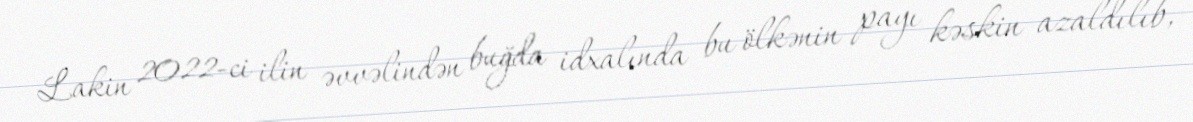
Lakin 2022-ci ilin əvvəlindən buğda idxalında bu ölkənin payı kəskin azaldılıb,